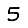
Digit: 5